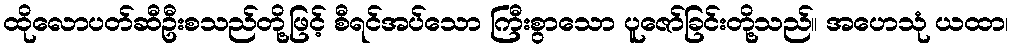
ထိုလောပတ်ဆီဦးစသည်တို့ဖြင့် စီရင်အပ်သော ကြီးစွာသော ပူဇော်ခြင်းတို့သည်။ အဟေသုံ ယထာ၊